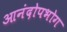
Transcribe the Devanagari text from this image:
आनंदोपभोग